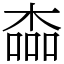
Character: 楍